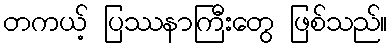
တကယ့် ပြဿနာကြီးတွေ ဖြစ်သည်။